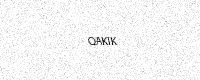
Text: QAKIK